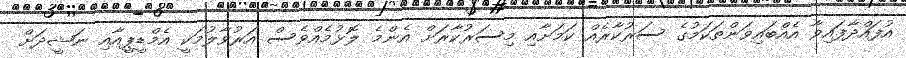
އުފައްދާފައިވާ އެއްބައިވަންތަކަމުގެ ސަރުކާރެއް ކަމަށާއި މިސަރުކާރަށް އެންމެ ލޮޅުމެއްވެސް އަރުވާލުމަކީ އެމްޑީޕީއާއި ނަޝީދަށް